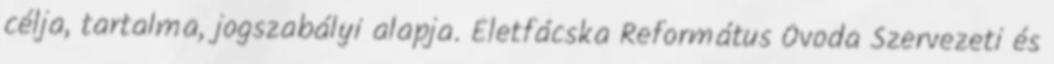
célja, tartalma, jogszabályi alapja. Életfácska Református Óvoda Szervezeti és